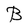
Character: l